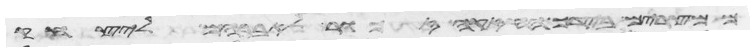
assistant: ממצרים בידך החזקה זכור לעבדיך לאברהם ליצחק